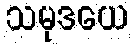
သမုဒယေ